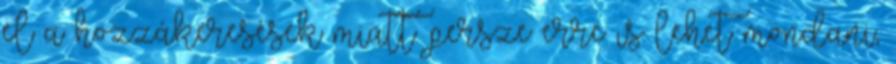
el a hozzákeresések miatt. persze erre is lehet mondani,